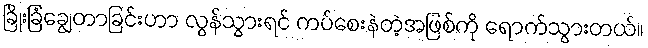
ခြိုးခြံချွေတာခြင်းဟာ လွန်သွားရင် ကပ်စေးနဲတဲ့အဖြစ်ကို ရောက်သွားတယ်။